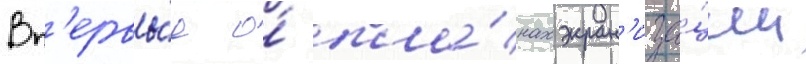
Вп'ервы́е о́ пла́нах экран'иза́ции